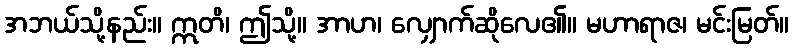
အဘယ်သို့နည်း။ ဣတိ၊ ဤသို့။ အာဟ၊ လျှောက်ဆိုလေ၏။ မဟာရာဇ၊ မင်းမြတ်။